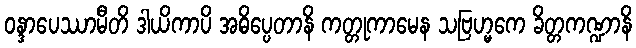
ဝန္ဒာပေဿာမီတိ ဒါယိကာပိ အဓိပ္ပေတာနိ ကတ္တုကာမေန သဗြဟ္မကေ ခိတ္တကဏ္ဍာနိ